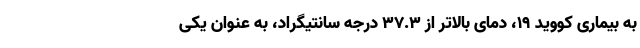
به بیماری کووید 19، دمای بالاتر از 37.3 درجه سانتیگراد، به عنوان یکی